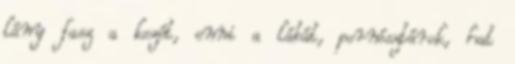
lány fasz a kezét, enni a lábát, pornósztárok, hat